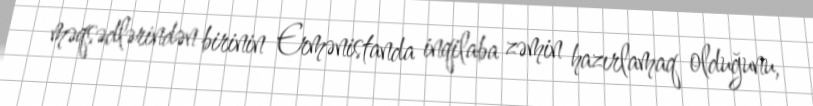
məqsədlərindən birinin Ermənistanda inqilaba zəmin hazırlamaq olduğunu,